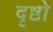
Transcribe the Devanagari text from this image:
दृष्टो